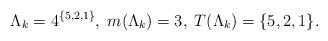
LaTeX: \begin{align*}\Lambda_k = 4^{\{ 5,2,1 \}}, \; m(\Lambda_k) = 3, \; T(\Lambda_k) = \{ 5,2,1 \}. \end{align*}